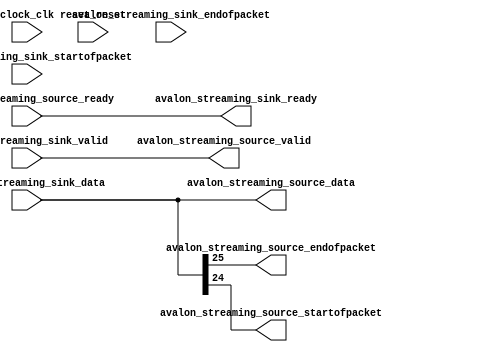
// new_component.v

// This file was auto-generated as a prototype implementation of a module
// created in component editor.  It ties off all outputs to ground and
// ignores all inputs.  It needs to be edited to make it do something
// useful.
// 
// This file will not be automatically regenerated.  You should check it in
// to your version control system if you want to keep it.

`timescale 1 ps / 1 ps
module st_64_inv (
		input  wire        clock_clk,             //   clock.clk
		input  wire        reset_reset,           //   reset.reset
		input  wire [31:0] avalon_streaming_sink_data,            //   avalon_streaming_sink.data
		output wire        avalon_streaming_sink_ready,           //                        .ready
		input  wire        avalon_streaming_sink_endofpacket,     //                        .endofpacket
		input  wire        avalon_streaming_sink_startofpacket,   //                        .startofpacket
		input  wire        avalon_streaming_sink_valid,           //                        .valid
		output wire [31:0] avalon_streaming_source_data,          // avalon_streaming_source.data
		output wire        avalon_streaming_source_endofpacket,   //                        .endofpacket
		input  wire        avalon_streaming_source_ready,         //                        .ready
		output wire        avalon_streaming_source_startofpacket, //                        .startofpacket
		output wire        avalon_streaming_source_valid          //                        .valid
	);

	// TODO: Auto-generated HDL template

	assign avalon_streaming_sink_ready = avalon_streaming_source_ready;

	assign avalon_streaming_source_valid = avalon_streaming_sink_valid;

	assign avalon_streaming_source_data = avalon_streaming_sink_data;

	assign avalon_streaming_source_startofpacket = avalon_streaming_sink_data[24];

	assign avalon_streaming_source_endofpacket = avalon_streaming_sink_data[25];

endmodule